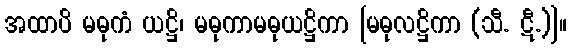
အထာပိ မဓုကံ ယဋ္ဌိ၊ မဓုကာမဓုယဋ္ဌိကာ [မဓုလဋ္ဌိကာ (သီ. ဋီ.)]။